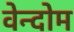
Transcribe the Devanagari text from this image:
वेन्दोम